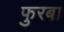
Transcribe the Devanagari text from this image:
फुरबा